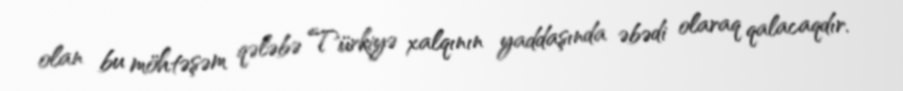
olan bu möhtəşəm qələbə Türkiyə xalqının yaddaşında əbədi olaraq qalacaqdır.